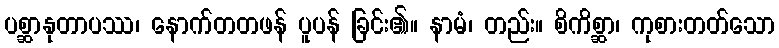
ပစ္ဆာနုတာပဿ၊ နောက်တတဖန် ပူပန် ခြင်း၏။ နာမံ၊ တည်း။ စိကိစ္ဆာ၊ ကုစားတတ်သော